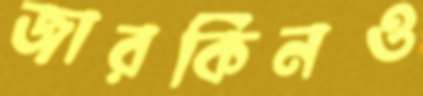
জারকিনও